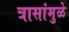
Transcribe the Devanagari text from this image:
त्रासांमुळे